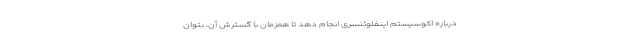
درباره اکوسیستم اینفلوئنسری انجام دهد تا همزمان با گسترش آن، بتوان